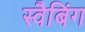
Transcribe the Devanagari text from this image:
स्वैबिंग